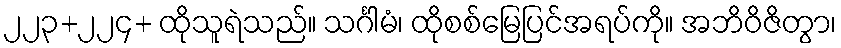
၂၂၃+၂၂၄+ ထိုသူရဲသည်။ သင်္ဂါမံ၊ ထိုစစ်မြေပြင်အရပ်ကို။ အဘိဝိဇိတွာ၊